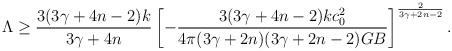
LaTeX: \begin{align*}\Lambda\geq {{3(3\gamma+4n-2)k}\over{3\gamma+4n}}\left[-{{3(3\gamma+4n-2)kc^2_0}\over{4\pi(3\gamma+2n)(3\gamma+2n-2)GB}}\right]^{2\over{3\gamma+2n-2}}.\end{align*}